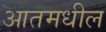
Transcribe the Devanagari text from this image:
आतमधील